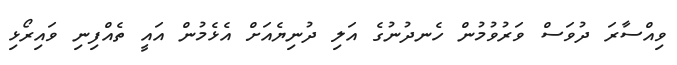
ވިއްސާރަ ދުވަސް ވަރުވުމުން ހެނދުނުގެ އަލި ދުނިޔެއަށް އެޅެމުން އައީ ތެއްފިނި ވައިރޯޅި